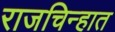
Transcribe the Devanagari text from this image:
राजचिन्हात